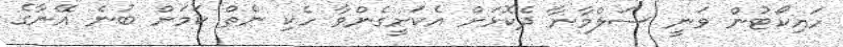
ހައިކޯޓުން ވަނީ ސަލްމާނާ ދެކޮޅަށް އެކަށީގެންވާ ހެކި ނެތް ކަމަށް ބުނެ އޭނާގެ